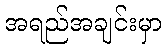
အရည်အချင်းမှာ